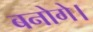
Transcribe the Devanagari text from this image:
बनोगे।